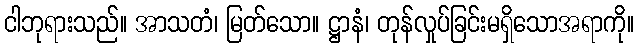
ငါဘုရားသည်။ အာသတံ၊ မြတ်သော။ ဋ္ဌာနံ၊ တုန်လှုပ်ခြင်းမရှိသောအရာကို။